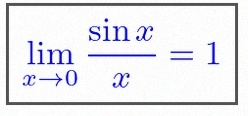
\lim_{x\to0}\frac{\sin x}{x}=1